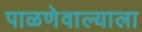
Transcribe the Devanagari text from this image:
पाळणेवाल्याला